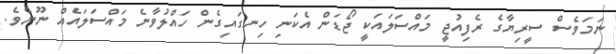
ނަމަވެސް ސީރިޔާގެ ރެފިއުޖީ މައްސަލައަކީ ޖޯޑަން އެކަނި ހިނގައިގެން ހައްލުވާނެ މައްސަލައެއް ނޫނެވެ.